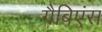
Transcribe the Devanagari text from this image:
गैबिएंस